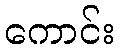
ကောင်း